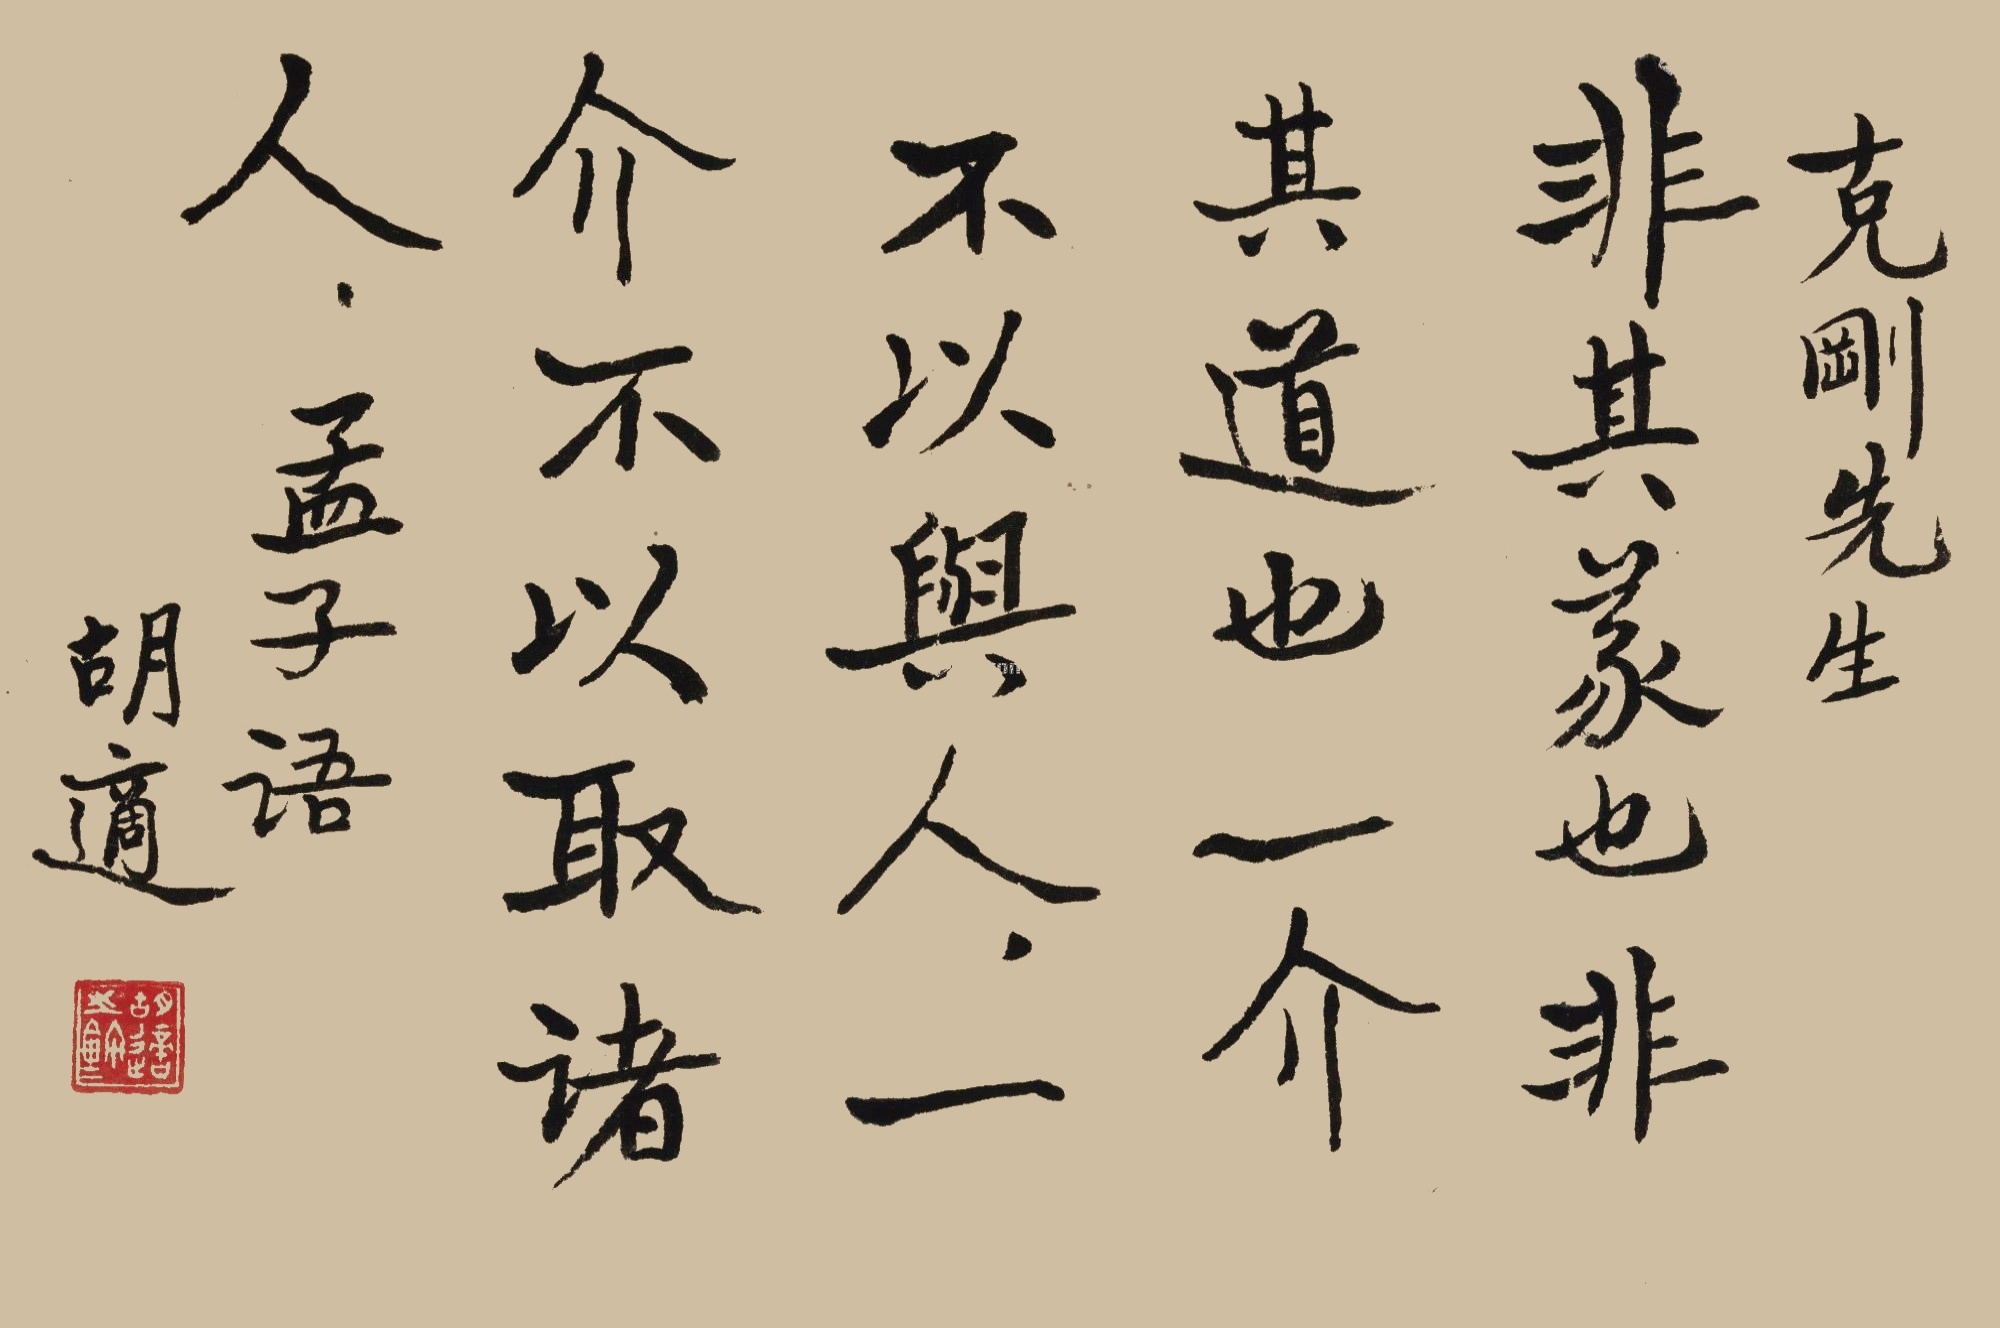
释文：克刚先生。非其义也，非其道也，一介不以与人，一介不以取诸人。孟子语。胡适。